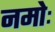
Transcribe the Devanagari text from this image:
नमोः